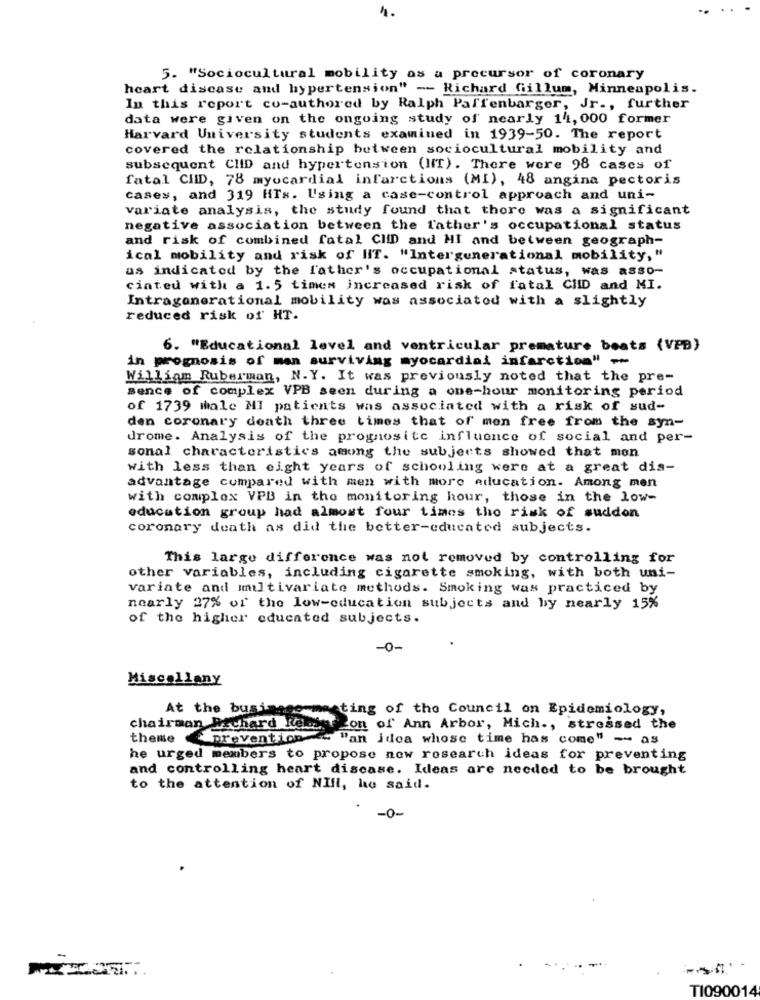
5. "Sociocultural mobility as a precursor of coronary
heart discase and hypertension" -- Richard Gillum, Minneapolis.
In this report co-authored by Ralph Paffenbarger, Jr ., further
data were given on the ongoing study of nearly 14, 000 former
Harvard University students examined in 1939-50. The report
covered the relationship between sociocultural mobility and
subsequent ClID and hypertension (IT). There were 98 cases of
fatal CHID, 78 myocardial infarctions (MI), 48 angina pectoris
cases, and 319 HTs. Using a case-control approach and uni-
variate analysis, the study found that there was a significant
negative association between the father's occupational status
and risk of combined fatal CHD and HI and between geograph-
ical mobility and risk of HIT. "Intergenerational mobility, "
as indicated by the father's occupational status, was asso-
cinted with a 1.5 times increased risk of fatal CHID and MI.
Intragenerational mobility was associated with a slightly
reduced risk of HT.
6. "Educational level and ventricular premature boats (VPB)
in promosis of man surviving myocardial infarction" -
William Ruberman, N.Y. It was previously noted that the pre-
Bence of complex VPB seen during a one-hour monitoring period
of 1739 male MI patients was associated with a risk of sud-
den coronary death three times that of men free from the syn-
drome. Analysis of the prognositc influence of social and per-
sonal characteristics among the subjects showed that mon
with less than eight years of schooling were at a great dis-
advantage compared with men with more education. Among men
with complex VPB in the monitoring hour, those in the low-
education group had almost four times the risk of suddon
coronary death as did the better-educated subjects.
This large difference was not removed by controlling for
other variables, including cigarette smoking, with both uni-
variate and imultivariate methods. Smoking was practiced by
nearly 27% of the low-education subjects and by nearly 15%
of the higher educated subjects.
-0-
Miscollany
At the busimage meeting of the Council on Epidemiology,
chairman Richard Remst Zon of Ann Arbor, Mich ., stressed the
theme prevention ." "an idea whose time has come" -- as
he urged members to propose new research ideas for preventing
and controlling heart disease. Ideas are needed to be brought
to the attention of NIIl, he said.
-0-
TI090014